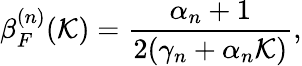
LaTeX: \beta_{F}^{(n)}(\mathcal{K})=\frac{\alpha_{n}+1}{2(\gamma_{n}+\alpha_{n}\mathcal{K})},